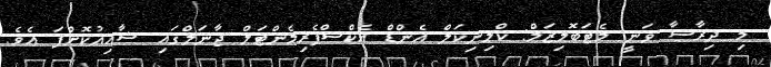
މި ދިރާސާ ވަނީ މެޓަބޮލިޒަމް: ކްލިނިކަލް އެންޑް އެކްސްޕެރިމެންޓަލް ޖާނަލްގައި ޝާއިއުކޮށްފަ އެވެ.